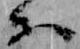
等